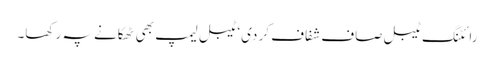
رائٹنگ ٹیبل صاف شفاف کر دی‘ ٹیبل لیمپ بھی ٹھکانے پہ رکھا۔